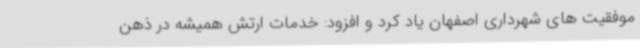
موفقیت های شهرداری اصفهان یاد کرد و افزود: خدمات ارتش همیشه در ذهن